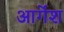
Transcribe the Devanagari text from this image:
आर्गेश